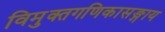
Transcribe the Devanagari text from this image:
विमुक्तगणिकासङ्गाय